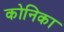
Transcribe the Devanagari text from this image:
कोनिका